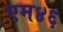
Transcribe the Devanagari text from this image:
एम४६